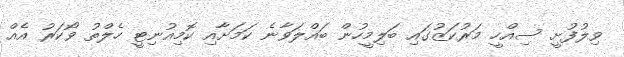
ވިލުފުށީ ސިއްހީ މަރުކަޒުގައި ބަލިމީހުން ބައްލަވާނެ ކަމަށާއި ކޮމިއުނިޓީ ހެލްތު ވޯކަރު އެއް